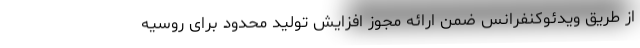
از طریق ویدئوکنفرانس ضمن ارائه مجوز افزایش تولید محدود برای روسیه